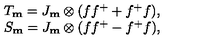
\begin{array} { c c c c } { T _ { \bf m } = J _ { \bf m } \otimes ( f f ^ { + } + f ^ { + } f ) , } \\ { S _ { \bf m } = J _ { \bf m } \otimes ( f f ^ { + } - f ^ { + } f ) , } \\ \end{array}